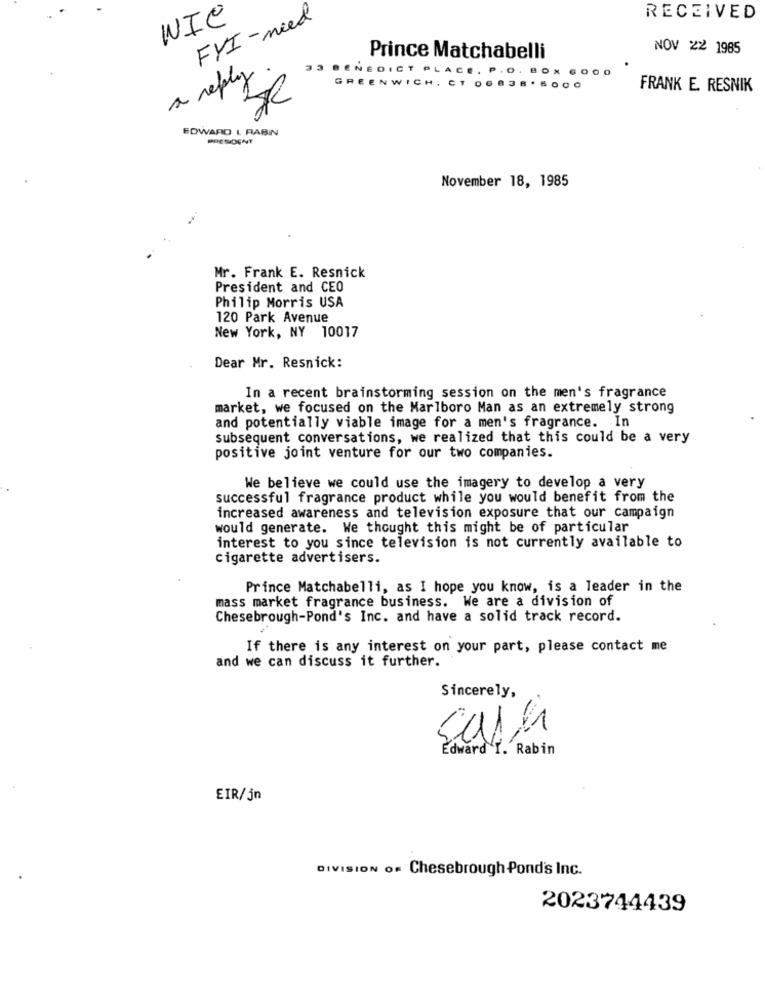
WIC
FYI-need
RECEIVED
NOV 22 1985
Prince Matchabelli
NEDICT PLACE
a reply
GRE
CH. CT OG8
FRANK E. RESNIK
EDWARD L RABIN
PRESIDENT
November 18, 1985
Mr. Frank E. Resnick
President and CEO
Philip Morris USA
120 Park Avenue
New York, NY 10017
Dear Mr. Resnick:
In a recent brainstorming session on the men's fragrance
market, we focused on the Marlboro Man as an extremely strong
and potentially viable image for a men's fragrance. In
subsequent conversations, we realized that this could be a very
positive joint venture for our two companies.
We believe we could use the imagery to develop a very
successful fragrance product while you would benefit from the
increased awareness and television exposure that our campaign
would generate. We thought this might be of particular
interest to you since television is not currently available to
cigarette advertisers.
Prince Matchabelli, as I hope you know, is a leader in the
mass market fragrance business. We are a division of
Chesebrough-Pond's Inc. and have a solid track record.
If there is any interest on your part, please contact me
and we can discuss it further.
Sincerely,
Edward I. Rabin
EIR/jn
DIVISION OF Chesebrough Pond's Inc.
2023744439